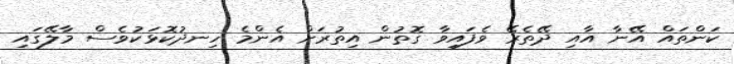
ކަންތައް އޭނާ އާއި ދޭތެރޭ ވެފައިވާ ގޮތުން އިތުރަށް އެންމެ ހިނދުކޮޅަކުވެސް މާލޭގައި